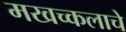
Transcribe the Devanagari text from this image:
मखच्कलाचे